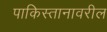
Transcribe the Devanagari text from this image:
पाकिस्तानावरील